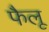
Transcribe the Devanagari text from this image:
फैलू